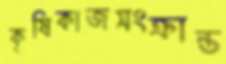
কৃষিকাজসংক্রান্ত